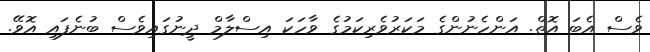
ވެސް އެބަ އޮތް. އަންހެނުންގެ މަކަރުވެރިކަމުގެ ވާހަކަ އިސްލާމް ދީނުގައިވެސް ބުނެފައި އޮވޭ.